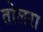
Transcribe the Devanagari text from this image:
तोलरा